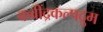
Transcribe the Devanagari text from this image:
कवींद्रकल्पद्रुम